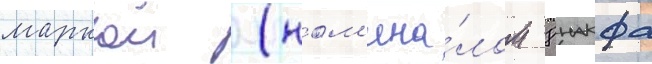
маркои (ном'ина́лом 8 накфа